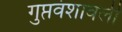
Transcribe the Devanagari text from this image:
गुप्तवंशावली